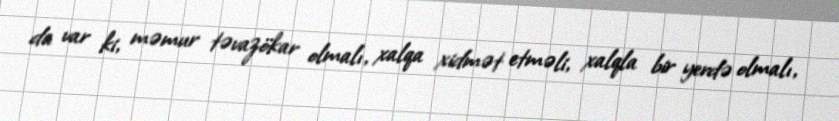
da var ki, məmur təvazökar olmalı, xalqa xidmət etməli, xalqla bir yerdə olmalı,